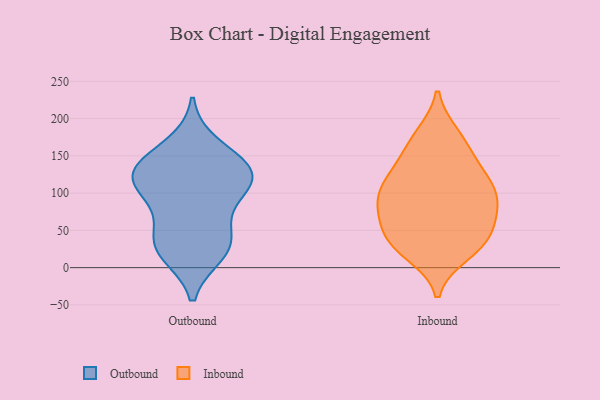
{"axis": {"x": "Temperature (°C)", "y": "Value"}, "legend": ["Inbound", "Outbound"], "data": [{"x": "", "y": 20, "type": "Outbound"}, {"x": "", "y": 132, "type": "Outbound"}, {"x": "", "y": 128, "type": "Outbound"}, {"x": "", "y": 126, "type": "Outbound"}, {"x": "", "y": 164, "type": "Outbound"}, {"x": "", "y": 114, "type": "Outbound"}, {"x": "", "y": 134, "type": "Outbound"}, {"x": "", "y": 85, "type": "Outbound"}, {"x": "", "y": 34, "type": "Outbound"}, {"x": "", "y": 26, "type": "Outbound"}, {"x": "", "y": 105, "type": "Outbound"}, {"x": "", "y": 42, "type": "Outbound"}, {"x": "", "y": 19, "type": "Inbound"}, {"x": "", "y": 111, "type": "Inbound"}, {"x": "", "y": 121, "type": "Inbound"}, {"x": "", "y": 34, "type": "Inbound"}, {"x": "", "y": 175, "type": "Inbound"}, {"x": "", "y": 104, "type": "Inbound"}, {"x": "", "y": 67, "type": "Inbound"}, {"x": "", "y": 155, "type": "Inbound"}, {"x": "", "y": 91, "type": "Inbound"}, {"x": "", "y": 178, "type": "Inbound"}, {"x": "", "y": 93, "type": "Inbound"}, {"x": "", "y": 142, "type": "Inbound"}, {"x": "", "y": 31, "type": "Inbound"}, {"x": "", "y": 30, "type": "Inbound"}, {"x": "", "y": 63, "type": "Inbound"}, {"x": "", "y": 117, "type": "Inbound"}, {"x": "", "y": 36, "type": "Inbound"}, {"x": "", "y": 84, "type": "Inbound"}, {"x": "", "y": 66, "type": "Inbound"}]}